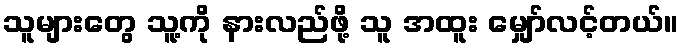
သူများတွေ သူ့ကို နားလည်ဖို့ သူ အထူး မျှော်လင့်တယ်။